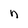
Character: n